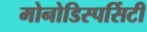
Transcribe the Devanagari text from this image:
मोनोडिस्पर्सिटी